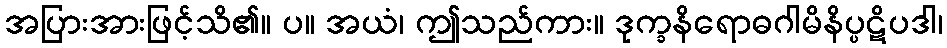
အပြားအားဖြင့်သိ၏။ ပ။ အယံ၊ ဤသည်ကား။ ဒုက္ခနိရောဓဂါမိနိပ္ပဋိပဒါ၊